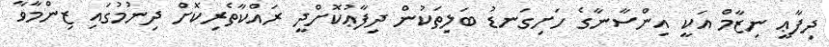
ދިފާޢީ ނިޒާމް އަކީ އިންސާނާގެ ހަށިގަނޑު ބަލިތަކުން ދިފާޢުކޮށްދީ ރައްކާތެރިކޮށް ދިނުމުގައި ޒިންމާވާ